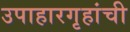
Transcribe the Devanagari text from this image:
उपाहारगृहांची